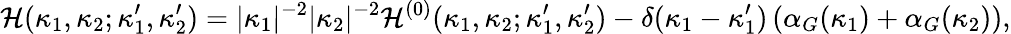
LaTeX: {\cal H}(\kappa_{1},\kappa_{2};\kappa_{1}^{\prime},\kappa_{2}^{\prime})=\vert\kappa_{1}\vert^{-2}\vert\kappa_{2}\vert^{-2}{\cal H}^{(0)}(\kappa_{1},\kappa_{2};\kappa_{1}^{\prime},\kappa_{2}^{\prime})-\delta(\kappa_{1}-\kappa_{1}^{\prime})\left(\alpha_{G}(\kappa_{1})+\alpha_{G}(\kappa_{2})\right),